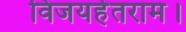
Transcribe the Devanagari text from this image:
विजयहेतराम।